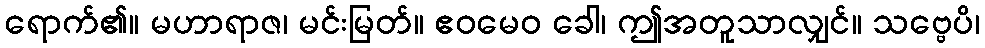
ရောက်၏။ မဟာရာဇ၊ မင်းမြတ်။ ဧဝမေဝ ခေါ၊ ဤအတူသာလျှင်။ သဗ္ဗေပိ၊